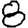
Digit: 8